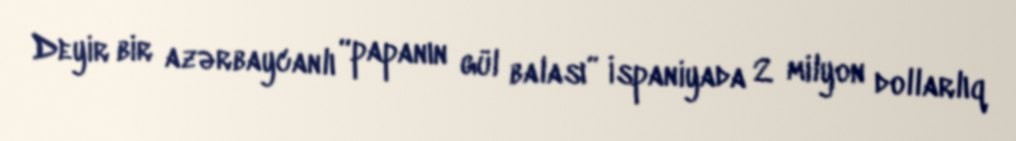
Deyir bir azərbaycanlı “papanın gül balası” İspaniyada 2 milyon dollarlıq